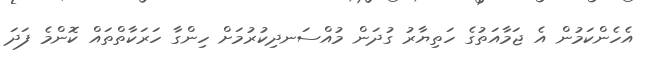
އެހެންކަމުން އެ ޖަމާއަތުގެ ހަތިޔާރު ގުދަން މުއްސަނދިކުރުމަށް ހިންގާ ހަރަކާތްތައް ކޮންމެ ފަދަ